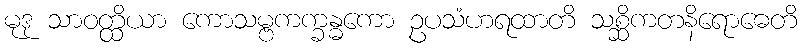
မုဒု သာဝတ္ထိယာ ကောသမ္ဗကက္ခန္ဓကော ဥပသံဟရထာတိ သစ္ဆိကတနိရောဓေတိ